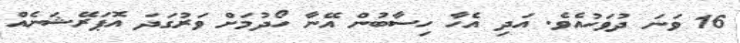
16 ވަނަ ދުވަހުއެވެ. އަދި އެހާ ހިސާބުން އޭނާ ހޯދުމަށް ވަރުގަދަ އޮޕަރޭޝަނެއް